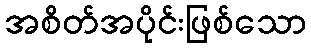
အစိတ်အပိုင်းဖြစ်သော